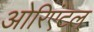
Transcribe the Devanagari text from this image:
ओरिएंटल्